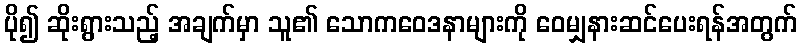
ပို၍ ဆိုးရွားသည့် အချက်မှာ သူ၏ သောကဝေဒနာများကို ဝေမျှနားဆင်ပေးရန်အတွက်